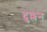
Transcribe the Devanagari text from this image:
दुल्लन